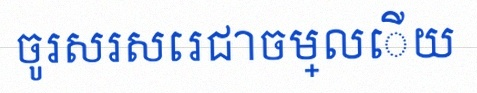
ចូរសរសេរជាចម្លើយ